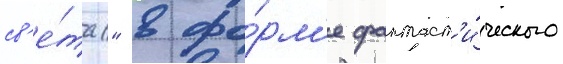
св'е́та" в фо́рм'е фантаст'и́ческого